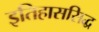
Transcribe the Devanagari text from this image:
इतिहाससिद्ध